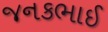
જનકભાઈ